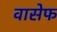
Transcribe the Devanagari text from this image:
वासेफ